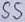
Text: SS